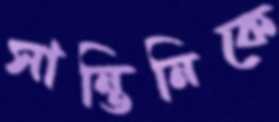
সান্তিনিকে